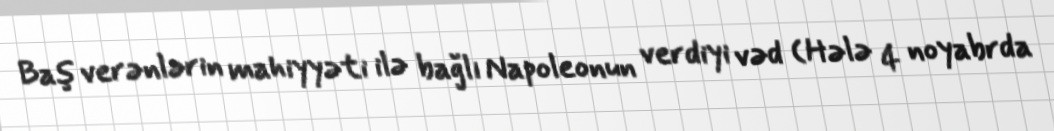
Baş verənlərin mahiyyəti ilə bağlı Napoleonun verdiyi vəd (Hələ 4 noyabrda